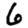
Digit: 6